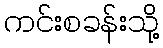
ကင်းစခန်းသို့